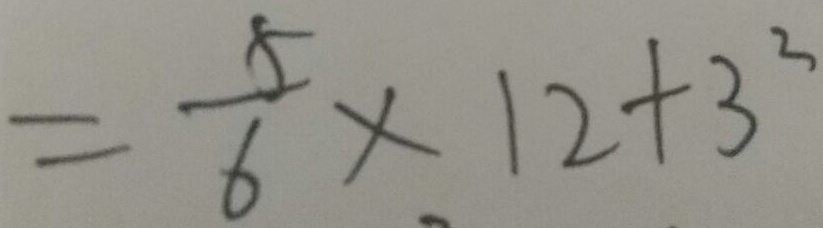
= \frac { 5 } { 6 } \times 1 2 + 3 ^ { 2 }